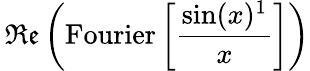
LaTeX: \, {\mathfrak{Re}}\left({\mathrm{Fourier}}\left[{\frac{\sin(x)^{1}}{x}}\right]\right)